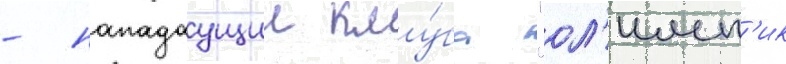
- нападаущии клу́ба "ол'имп'ик